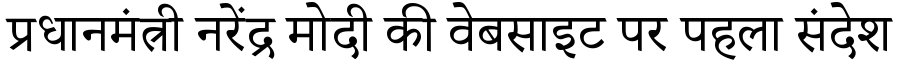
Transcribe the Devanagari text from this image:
प्रधानमंत्री नरेंद्र मोदी की वेबसाइट पर पहला संदेश